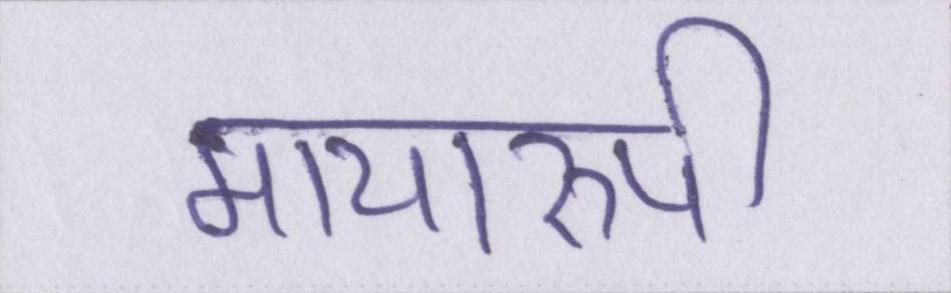
मायारुपी